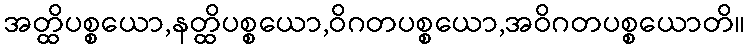
အတ္ထိပစ္စယော,နတ္ထိပစ္စယော,ဝိဂတပစ္စယော,အဝိဂတပစ္စယောတိ။